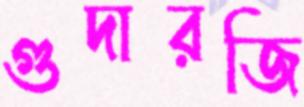
গুদারজি